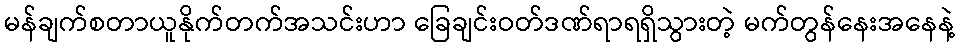
မန်ချက်စတာယူနိုက်တက်အသင်းဟာ ခြေချင်းဝတ်ဒဏ်ရာရရှိသွားတဲ့ မက်တွန်နေးအနေနဲ့